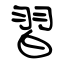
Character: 習